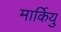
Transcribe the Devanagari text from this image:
मार्कियु